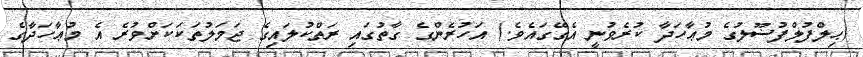
(ޙިލްފުލްފުޟޫލުގެ މުޢާހަދާ ކުރެވުނީ އެގޭގައެވެ.) އަހުރެންގެ ގާތުގައި ރަތްކުލައިގެ ޖަމަލުތަކަކަށްވުރެ އެ މުޢާހަދާގެ